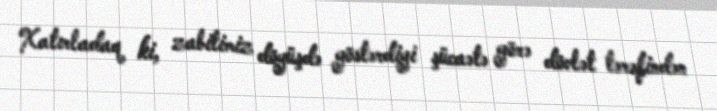
Xatırladaq ki, zabitimiz döyüşdə göstərdiyi şücaətə görə dövlət tərəfindən